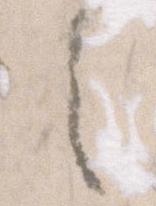
之